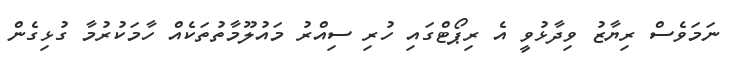
ނަމަވެސް ރިޔާޒު ވިދާޅުވީ އެ ރިޕޯޓްގައި ހުރި ސިއްރު މައުލޫމާތުތަކެއް ހާމަކުރުމާ ގުޅިގެން